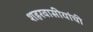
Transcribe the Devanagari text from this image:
शहरवासीयांची